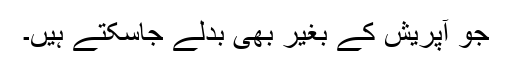
جو آپریش کے بغیر بھی بدلے جاسکتے ہیں۔